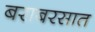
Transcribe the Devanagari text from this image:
बराबरसात